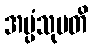
အပ္ပံသုပတိ